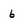
Character: 6